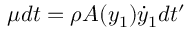
\mu d t = \rho A ( y _ { 1 } ) \dot { y } _ { 1 } d t ^ { \prime }